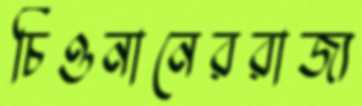
চিওনানেররাজ্য